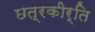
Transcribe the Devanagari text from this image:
छत्रकीर्ति